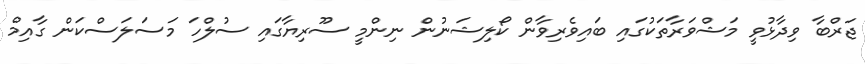
ޖަރްބާ ވިދާޅުވީ މަޝްވަރާތަކުގައި ބައިވެރިވާން ކޯލިޝަނުން ނިންމީ ސޫރިޔާގައި ސުލްހަ މަސަލަސްކަން ގާއިމް